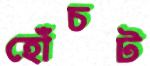
হোঁচট